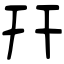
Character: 幵